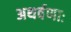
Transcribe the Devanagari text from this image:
अथर्वणाः